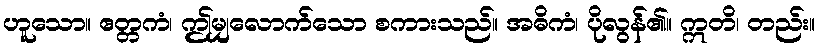
ဟူသော။ ဧတ္တကံ၊ ဤမျှလောက်သော စကားသည်။ အဓိကံ၊ ပိုလွန်၏။ ဣတိ၊ တည်း။